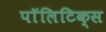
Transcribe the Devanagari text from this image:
पाॅलिटिक्स